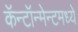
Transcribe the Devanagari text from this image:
कॅन्टॉन्मेन्टमध्ये